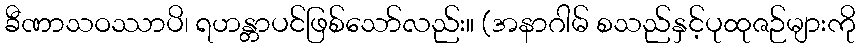
ခီဏာသဝဿာပိ၊ ရဟန္တာပင်ဖြစ်သော်လည်း။ (အနာဂါမ် စသည်နှင့်ပုထုဇဉ်များကို